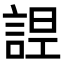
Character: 𧨤